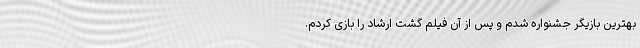
بهترین بازیگر جشنواره شدم و پس از آن فیلم گشت ارشاد را بازی کردم.